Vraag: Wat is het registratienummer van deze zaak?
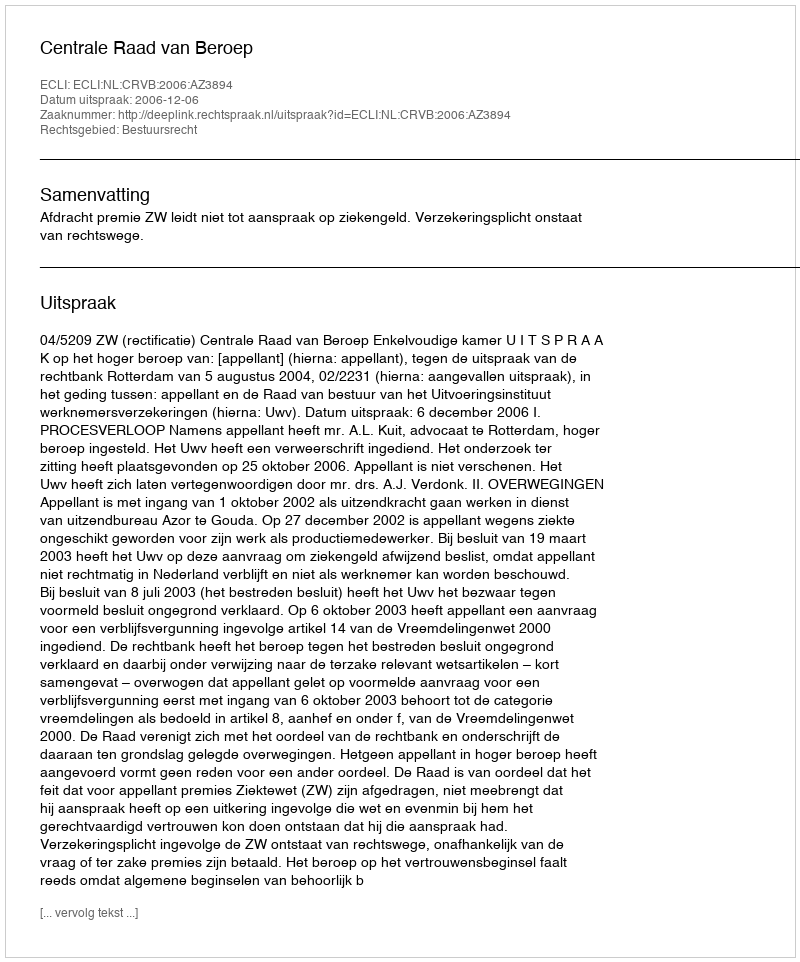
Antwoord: http://deeplink.rechtspraak.nl/uitspraak?id=ECLI:NL:CRVB:2006:AZ3894